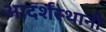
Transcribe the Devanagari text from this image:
आदर्शस्थानी